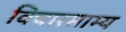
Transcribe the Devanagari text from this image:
विचारसाम्य